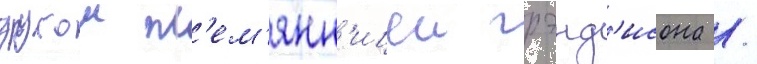
другои пл'ем'янн'ицеи грэнд'исона /